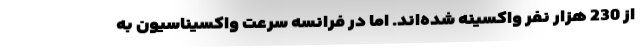
از 230 هزار نفر واکسینه شده‌اند. اما در فرانسه سرعت واکسیناسیون به